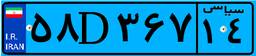
۲۵D۹۵۹۱۷